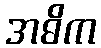
အဓိက